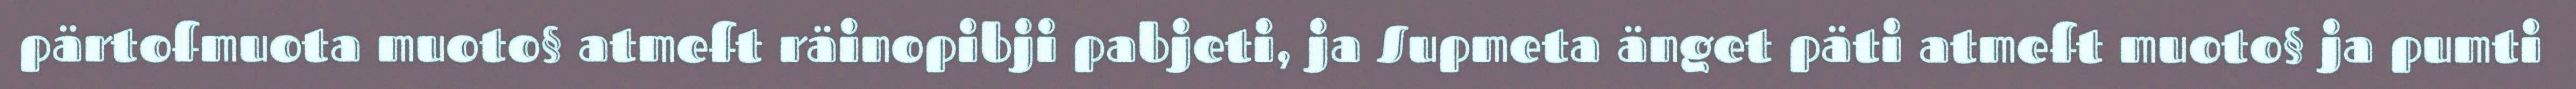
pärtofmuota muoto§ atmeft räinopibji pabjeti, ja Supmeta änget päti atmeft muoto§ ja pumti